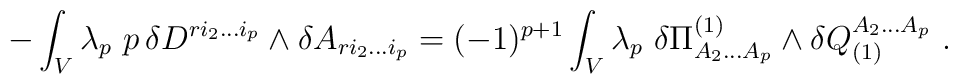
- \int_{V} \lambda_p\  p\,\delta D^{ri_2...i_p}\wedge \delta A_{ri_2...i_p}= (-1)^{p+1} \int_{V} \lambda_p\ \delta \Pi^{(1)}_{A_2...A_p} \wedge\delta Q_{(1)}^{A_2...A_p}\ .